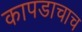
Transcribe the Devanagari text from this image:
कापडाचाच